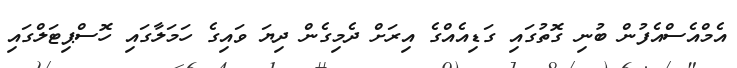
އެމްއެސްއެފުން ބުނި ގޮތުގައި ގަޑިއެއްގެ އިރަށް ދެމިގެން ދިޔަ ވައިގެ ހަމަލާގައި ހޮސްޕިޓަލްގައި